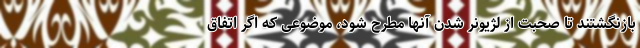
بازنگشتند تا صحبت از لژیونر شدن آنها مطرح شود، موضوعی که اگر اتفاق